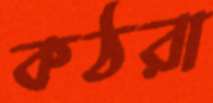
কঠরা